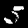
Digit: 5